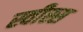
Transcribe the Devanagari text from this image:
स्वीस्स